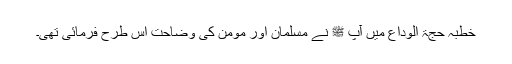
خطبہ حجۃ الوداع میں آپ ﷺ نے مسلمان اور مومن کی وضاحت اس طرح فرمائی تھی۔